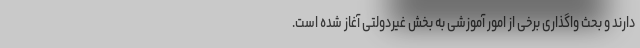
دارند و بحث واگذاری برخی از امور آموزشی به بخش غیردولتی آغاز شده است.